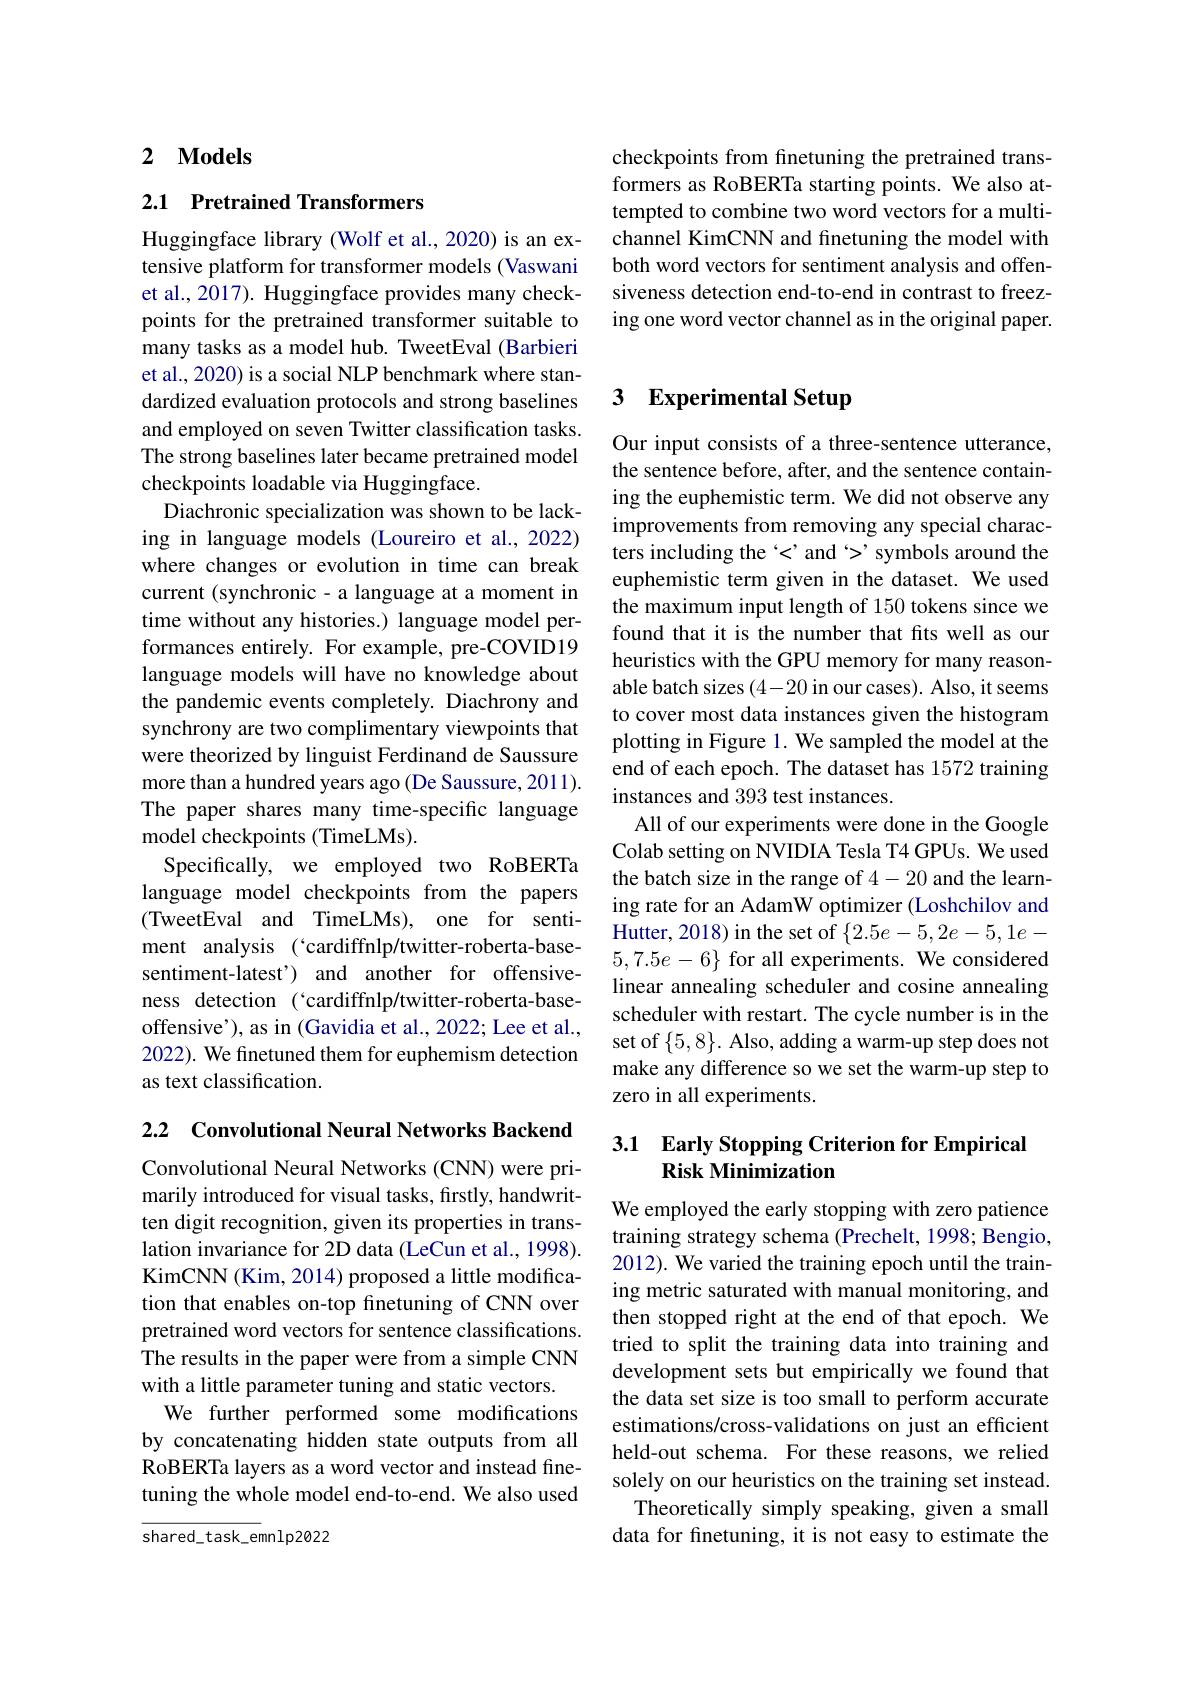
checkpoints from finetuning the pretrained transformers as RoBERTa starting points. We also attempted to combine two word vectors for a multichannel KimCNN and finetuning the model with both word vectors for sentiment analysis and offensiveness detection end-to-end in contrast to freezing one word vector channel as in the original paper.

## 2 $\mathbf{Models}$

## 2.1 Pretrained Transformers

Huggingface library (Wolf et al., 2020) is an extensive platform for transformer models (Vaswani et al., 2017). Huggingface provides many checkpoints for the pretrained transformer suitable to many tasks as a model hub. TweetEval (Barbieri et al., 2020) is a social NLP benchmark where standardized evaluation protocols and strong baselines and employed on seven Twitter classification tasks. The strong baselines later became pretrained model checkpoints loadable via Huggingface.
Diachronic specialization was shown to be lacking in language models (Loureiro et al.,2022) where changes or evolution in time can break current (synchronic- a language at a moment in time without any histories.) language model performances entirely. For example, pre-COVID19 language models will have no knowledge about the pandemic events completely. Diachrony and synchrony are two complimentary viewpoints that were theorized by linguist Ferdinand de Saussure more than a hundred years ago (De Saussure, 201 1). The paper shares many time-specific language model checkpoints (TimeLMs).
Specifically, we employed two RoBERTa language model checkpoints from the papers (TweetEval and TimeLMs), one for sentiment analysis ( 'cardiffnlp/twitter-roberta-basesentiment-latest') and another for offensiveness detection (`cardiffnlp/twitter-roberta-baseoffensive'), as in (Gavidia et al., 2022; Lee et al., 2022). We finetuned them for euphemism detection as text classification.

2.2 Convolutional Neural Networks Backend

Convolutional Neural Networks (CNN) were primarily introduced for visual tasks, firstly, handwritten digit recognition, given its properties in translation invariance for 2D data (LeCun et al., 1998). KimCNN (Kim, 2014) proposed a little modification that enables on-top finetuning of CNN over pretrained word vectors for sentence classifications. The results in the paper were from a simple CNN with a little parameter tuning and static vectors.
We further performed some modifications by concatenating hidden state outputs from all RoBERTa layers as a word vector and instead finetuning the whole model end-to-end. We also used

$shared_{-}task_{-}emnlp2022$

# 3 Experimental Setup

Our input consists of a three-sentence utterance, the sentence before, after, and the sentence containing the euphemistic term. We did not observe any improvements from removing any special characters including the <'and 'symbols around the euphemistic term given in the dataset. We used the maximum input length of 150 tokens since we found that it is the number that fits well as our heuristics with the GPU memory for many reasonable batch sizes (4-20 in our cases). Also, it seems to cover most data instances given the histogram plotting in Figure 1. We sampled the model at the end of each epoch. The dataset has 1572 training instances and 393 test instances.
All of our experiments were done in the Google Colab setting on NVIDIA Tesla T4 GPUs. We used the batch size in the range of 4-20 and the learning rate for an AdamW optimizer (Loshchilov and Hutter, 2018) in the set of $\{2.5e-5,2e-5,1e-$ $5,7.5e-6\}$ for all experiments. We considered linear annealing scheduler and cosine annealing scheduler with restart. The cycle number is in the set of $\{5,8\}.$ Also, adding a warm-up step does not make any difference so we set the warm-up step to zero in all experiments.

## 3.1 Early Stopping Criterion for Empirical Risk Minimization

We employed the early stopping with zero patience training strategy schema (Prechelt, 1998; Bengio, 2012). We varied the training epoch until the training metric saturated with manual monitoring, and then stopped right at the end of that epoch. We tried to split the training data into training and development sets but empirically we found that the data set size is too small to perform accurate estimations/cross-validations on just an efficient held-out schema. For these reasons, we relied solely on our heuristics on the training set instead.
Theoretically simply speaking, given a small data for finetuning, it is not easy to estimate the